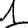
Digit: 1